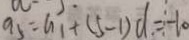
a _ { 5 } = a _ { 1 } + ( 5 - 1 ) d = - 1 0